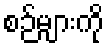
စဉ်များကို